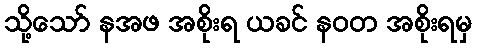
သို့သော် နအဖ အစိုးရ ယခင် နဝတ အစိုးရမှ